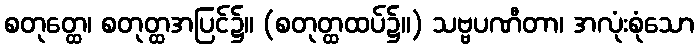
စတုတ္ထေ၊ စတုတ္ထအပြင်၌။ (စတုတ္ထထပ်၌။) သဗ္ဗပဏီတာ၊ အလုံးစုံသော